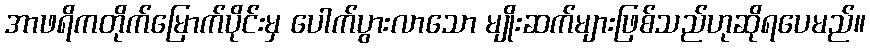
အာဖရိကတိုက်မြောက်ပိုင်းမှ ပေါက်ပွားလာသော မျိုးဆက်များဖြစ်သည်ဟုဆိုရပေမည်။